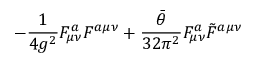
- { \frac { 1 } { 4 g ^ { 2 } } } F _ { \mu \nu } ^ { a } F ^ { a \mu \nu } + { \frac { \bar { \theta } } { 3 2 \pi ^ { 2 } } } F _ { \mu \nu } ^ { a } \tilde { F } ^ { a \mu \nu }